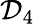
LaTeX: \mathcal{D}_{4}